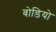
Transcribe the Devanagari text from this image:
बोडियो